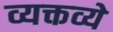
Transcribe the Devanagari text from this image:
व्यक्तव्ये